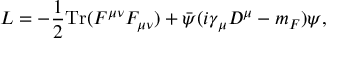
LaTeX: { \cal L } = - \frac { 1 } { 2 } \mathrm { T r } ( F ^ { \mu \nu } F _ { \mu \nu } ) + \bar { \psi } ( i \gamma _ { \mu } D ^ { \mu } - m _ { F } ) \psi ,